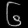
Digit: ၆